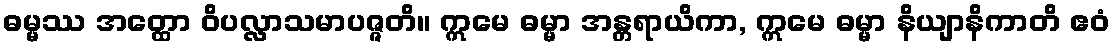
ဓမ္မဿ အတ္ထော ဝိပလ္လာသမာပဇ္ဇတိ။ ဣမေ ဓမ္မာ အန္တရာယိကာ, ဣမေ ဓမ္မာ နိယျာနိကာတိ ဧဝံ